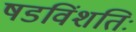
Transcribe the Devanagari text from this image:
षडविंशतिः